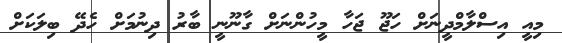
މިއީ އިސްލާމްދީނަށް ހަޖޫ ޖަހާ މީހުންނަށް ގާނޫނީ ބާރު ދިނުމަށް ހެދޭ ބިލަކަށް